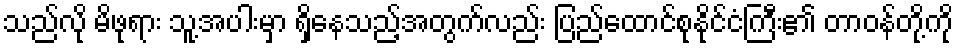
သည်လို မိဖုရား သူ့အပါးမှာ ရှိနေသည့်အတွက်လည်း ပြည်ထောင်စုနိုင်ငံကြီး၏ တာဝန်တို့ကို